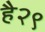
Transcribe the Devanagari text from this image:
है२९